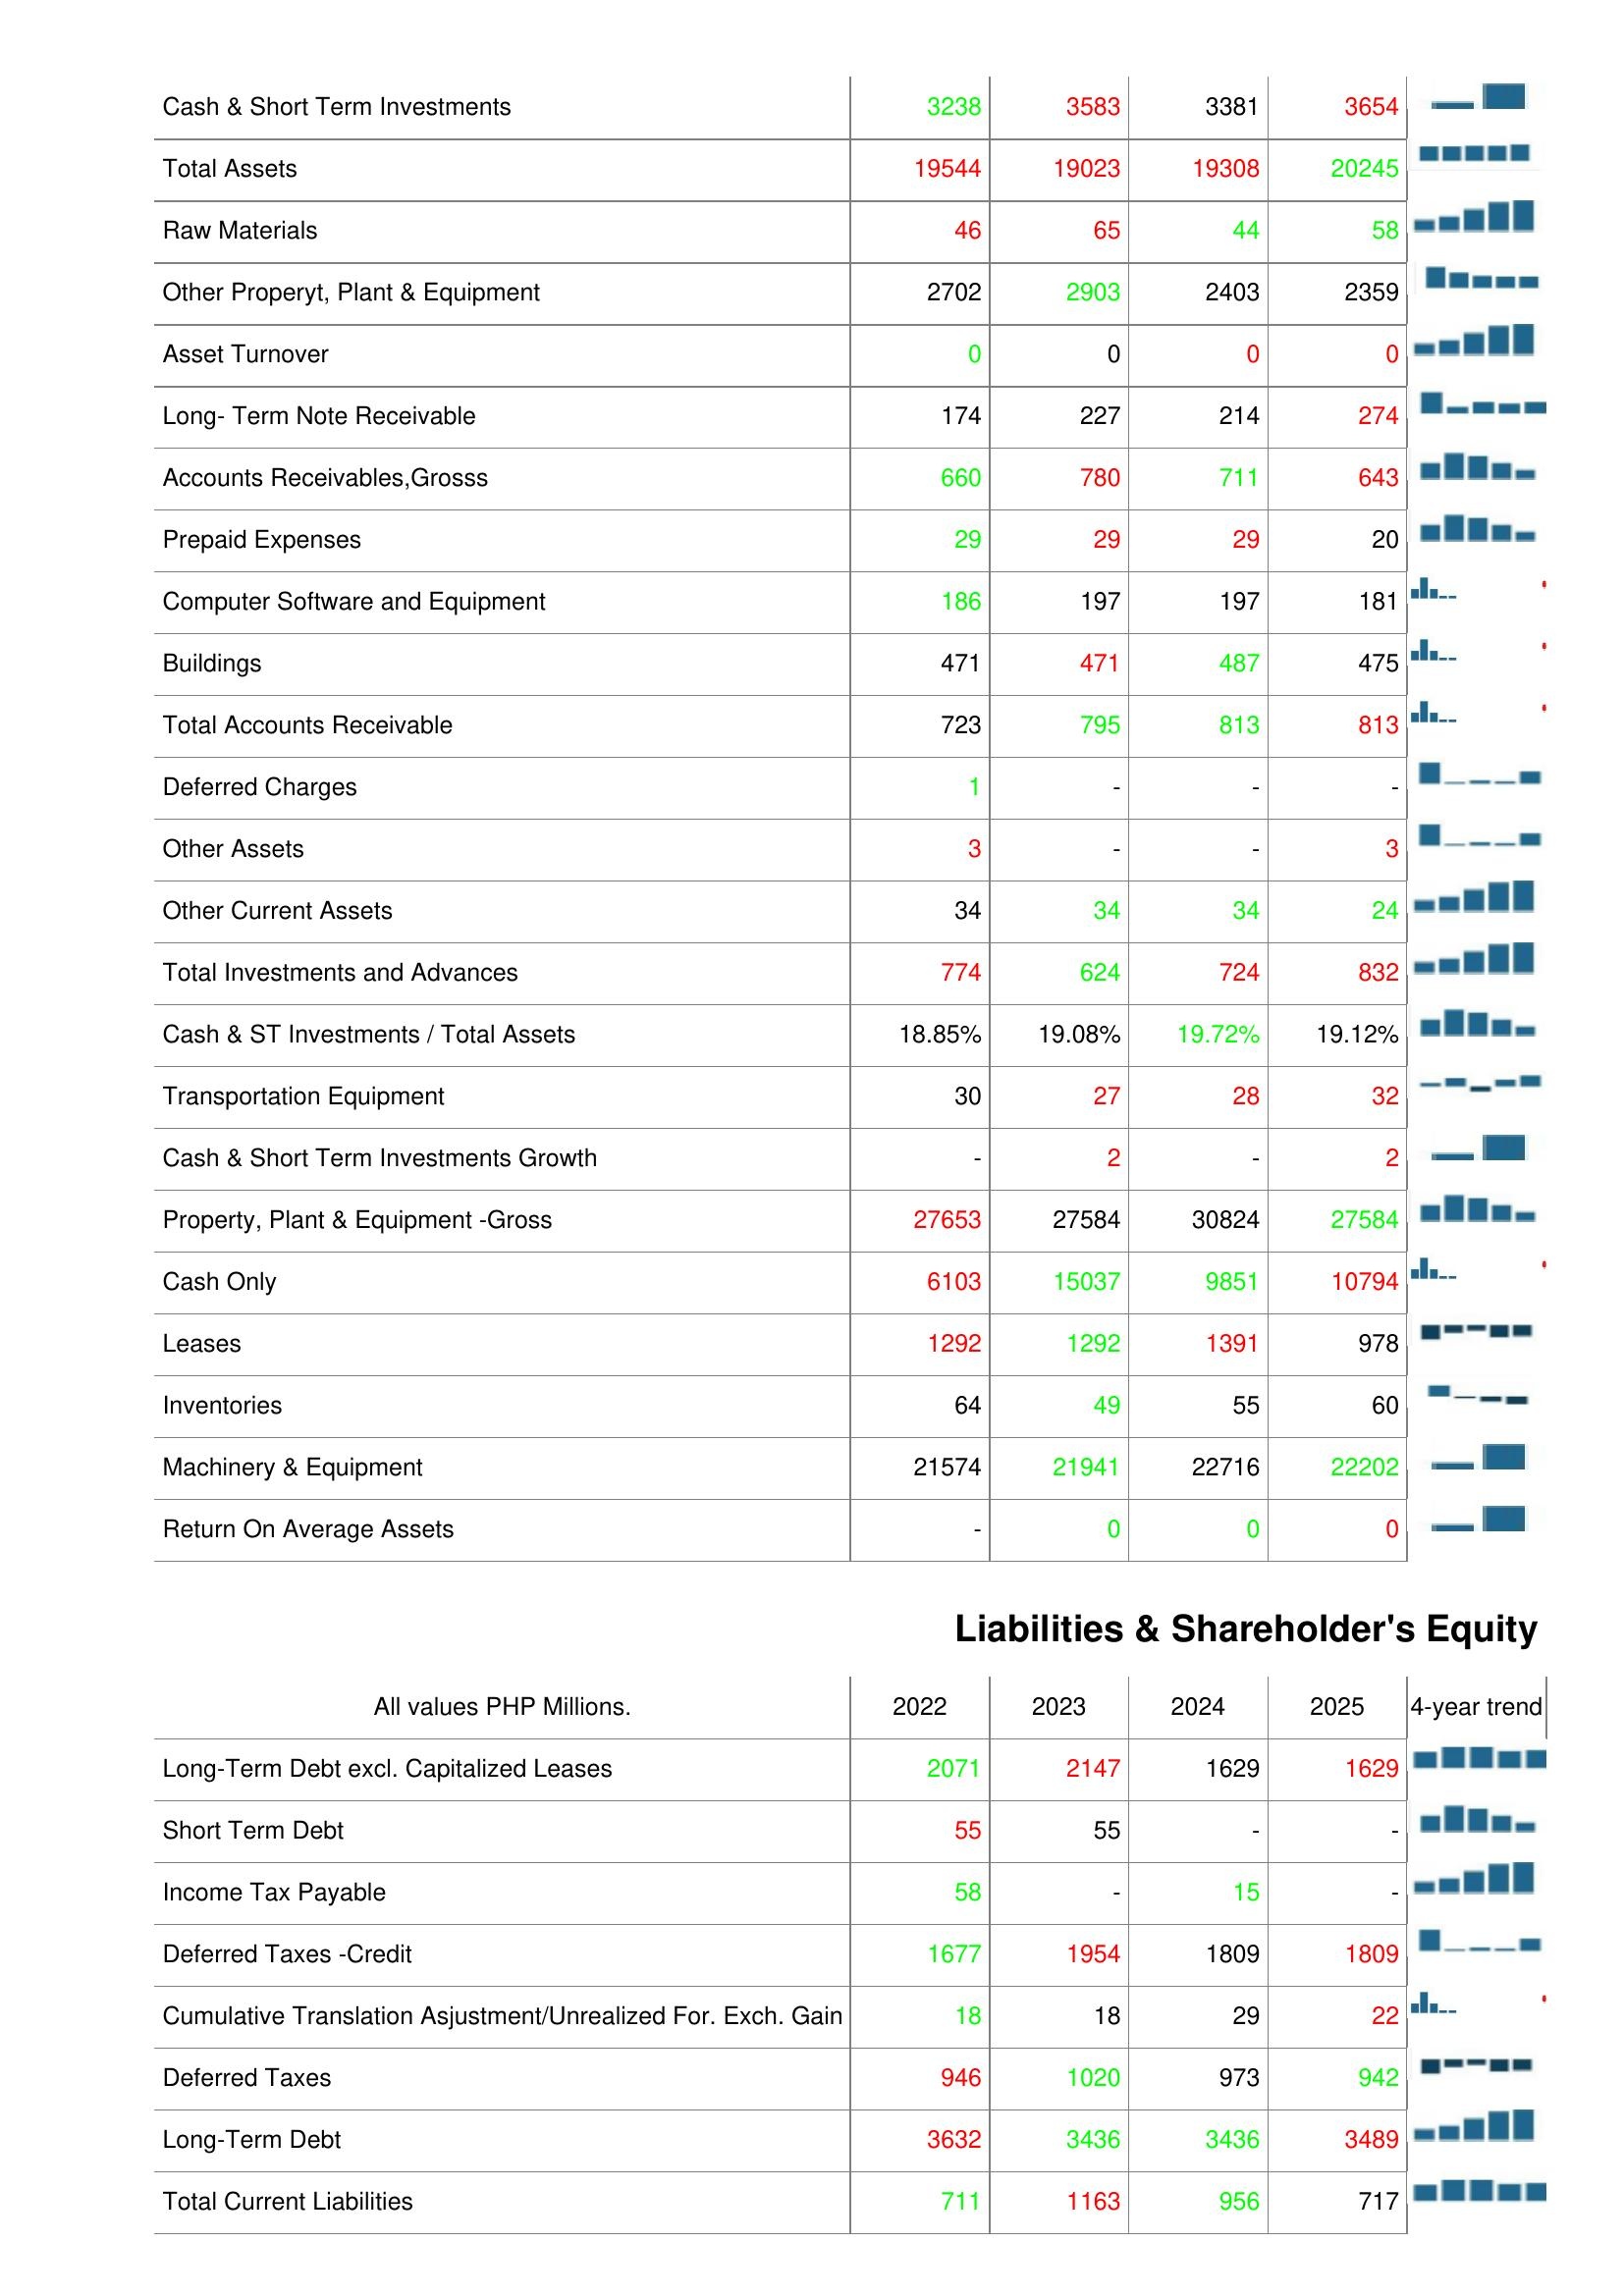
2022: Assets: Cash & Short Term Investments: 3238
Total Assets: 19544
Raw Materials: 46
Other Properyt, Plant & Equipment: 2702
Asset Turnover: 0
Long- Term Note Receivable: 174
Accounts Receivables,Grosss: 660
Prepaid Expenses: 29
Computer Software and Equipment: 186
Buildings: 471
Total Accounts Receivable: 723
Deferred Charges: 1
Other Assets: 3
Other Current Assets: 34
Total Investments and Advances: 774
Cash & ST Investments / Total Assets: 18.85%
Transportation Equipment: 30
Cash & Short Term Investments Growth: -
Property, Plant & Equipment -Gross: 27653
Cash Only: 6103
Leases: 1292
Inventories: 64
Machinery & Equipment: 21574
Return On Average Assets: -
Liabilities & Shareholder's Equity: Long-Term Debt excl. Capitalized Leases: 2071
Short Term Debt: 55
Income Tax Payable: 58
Deferred Taxes -Credit: 1677
Cumulative Translation Asjustment/Unrealized For. Exch. Gain: 18
Deferred Taxes: 946
Long-Term Debt: 3632
Total Current Liabilities: 711
2023: Assets: Cash & Short Term Investments: 3583
Total Assets: 19023
Raw Materials: 65
Other Properyt, Plant & Equipment: 2903
Asset Turnover: 0
Long- Term Note Receivable: 227
Accounts Receivables,Grosss: 780
Prepaid Expenses: 29
Computer Software and Equipment: 197
Buildings: 471
Total Accounts Receivable: 795
Deferred Charges: -
Other Assets: -
Other Current Assets: 34
Total Investments and Advances: 624
Cash & ST Investments / Total Assets: 19.08%
Transportation Equipment: 27
Cash & Short Term Investments Growth: 2
Property, Plant & Equipment -Gross: 27584
Cash Only: 15037
Leases: 1292
Inventories: 49
Machinery & Equipment: 21941
Return On Average Assets: 0
Liabilities & Shareholder's Equity: Long-Term Debt excl. Capitalized Leases: 2147
Short Term Debt: 55
Income Tax Payable: -
Deferred Taxes -Credit: 1954
Cumulative Translation Asjustment/Unrealized For. Exch. Gain: 18
Deferred Taxes: 1020
Long-Term Debt: 3436
Total Current Liabilities: 1163
2024: Assets: Cash & Short Term Investments: 3381
Total Assets: 19308
Raw Materials: 44
Other Properyt, Plant & Equipment: 2403
Asset Turnover: 0
Long- Term Note Receivable: 214
Accounts Receivables,Grosss: 711
Prepaid Expenses: 29
Computer Software and Equipment: 197
Buildings: 487
Total Accounts Receivable: 813
Deferred Charges: -
Other Assets: -
Other Current Assets: 34
Total Investments and Advances: 724
Cash & ST Investments / Total Assets: 19.72%
Transportation Equipment: 28
Cash & Short Term Investments Growth: -
Property, Plant & Equipment -Gross: 30824
Cash Only: 9851
Leases: 1391
Inventories: 55
Machinery & Equipment: 22716
Return On Average Assets: 0
Liabilities & Shareholder's Equity: Long-Term Debt excl. Capitalized Leases: 1629
Short Term Debt: -
Income Tax Payable: 15
Deferred Taxes -Credit: 1809
Cumulative Translation Asjustment/Unrealized For. Exch. Gain: 29
Deferred Taxes: 973
Long-Term Debt: 3436
Total Current Liabilities: 956
2025: Assets: Cash & Short Term Investments: 3654
Total Assets: 20245
Raw Materials: 58
Other Properyt, Plant & Equipment: 2359
Asset Turnover: 0
Long- Term Note Receivable: 274
Accounts Receivables,Grosss: 643
Prepaid Expenses: 20
Computer Software and Equipment: 181
Buildings: 475
Total Accounts Receivable: 813
Deferred Charges: -
Other Assets: 3
Other Current Assets: 24
Total Investments and Advances: 832
Cash & ST Investments / Total Assets: 19.12%
Transportation Equipment: 32
Cash & Short Term Investments Growth: 2
Property, Plant & Equipment -Gross: 27584
Cash Only: 10794
Leases: 978
Inventories: 60
Machinery & Equipment: 22202
Return On Average Assets: 0
Liabilities & Shareholder's Equity: Long-Term Debt excl. Capitalized Leases: 1629
Short Term Debt: -
Income Tax Payable: -
Deferred Taxes -Credit: 1809
Cumulative Translation Asjustment/Unrealized For. Exch. Gain: 22
Deferred Taxes: 942
Long-Term Debt: 3489
Total Current Liabilities: 717